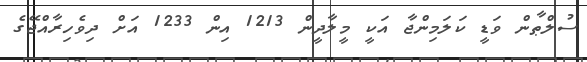
ސުލްޠާން ވަޑީ ކަލަމިންޖާ އަކީ މީލާދީން 1213 އިން 1233 އަށް ދިވެހިރާއްޖޭގެ